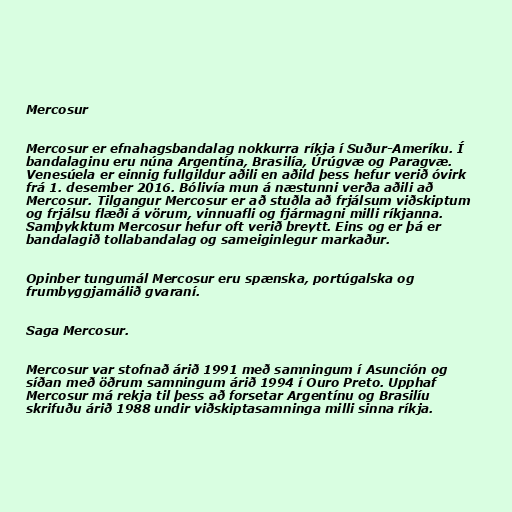
Mercosur

Mercosur er efnahagsbandalag nokkurra ríkja í Suður-Ameríku. Í
bandalaginu eru núna Argentína, Brasilía, Úrúgvæ og Paragvæ.
Venesúela er einnig fullgildur aðili en aðild þess hefur verið óvirk
frá 1. desember 2016. Bólivía mun á næstunni verða aðili að
Mercosur. Tilgangur Mercosur er að stuðla að frjálsum viðskiptum
og frjálsu flæði á vörum, vinnuafli og fjármagni milli ríkjanna.
Samþykktum Mercosur hefur oft verið breytt. Eins og er þá er
bandalagið tollabandalag og sameiginlegur markaður.

Opinber tungumál Mercosur eru spænska, portúgalska og
frumbyggjamálið gvaraní.

Saga Mercosur.

Mercosur var stofnað árið 1991 með samningum í Asunción og
síðan með öðrum samningum árið 1994 í Ouro Preto. Upphaf
Mercosur má rekja til þess að forsetar Argentínu og Brasilíu
skrifuðu árið 1988 undir viðskiptasamninga milli sinna ríkja.